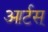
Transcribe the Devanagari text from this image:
आर्टस्‌